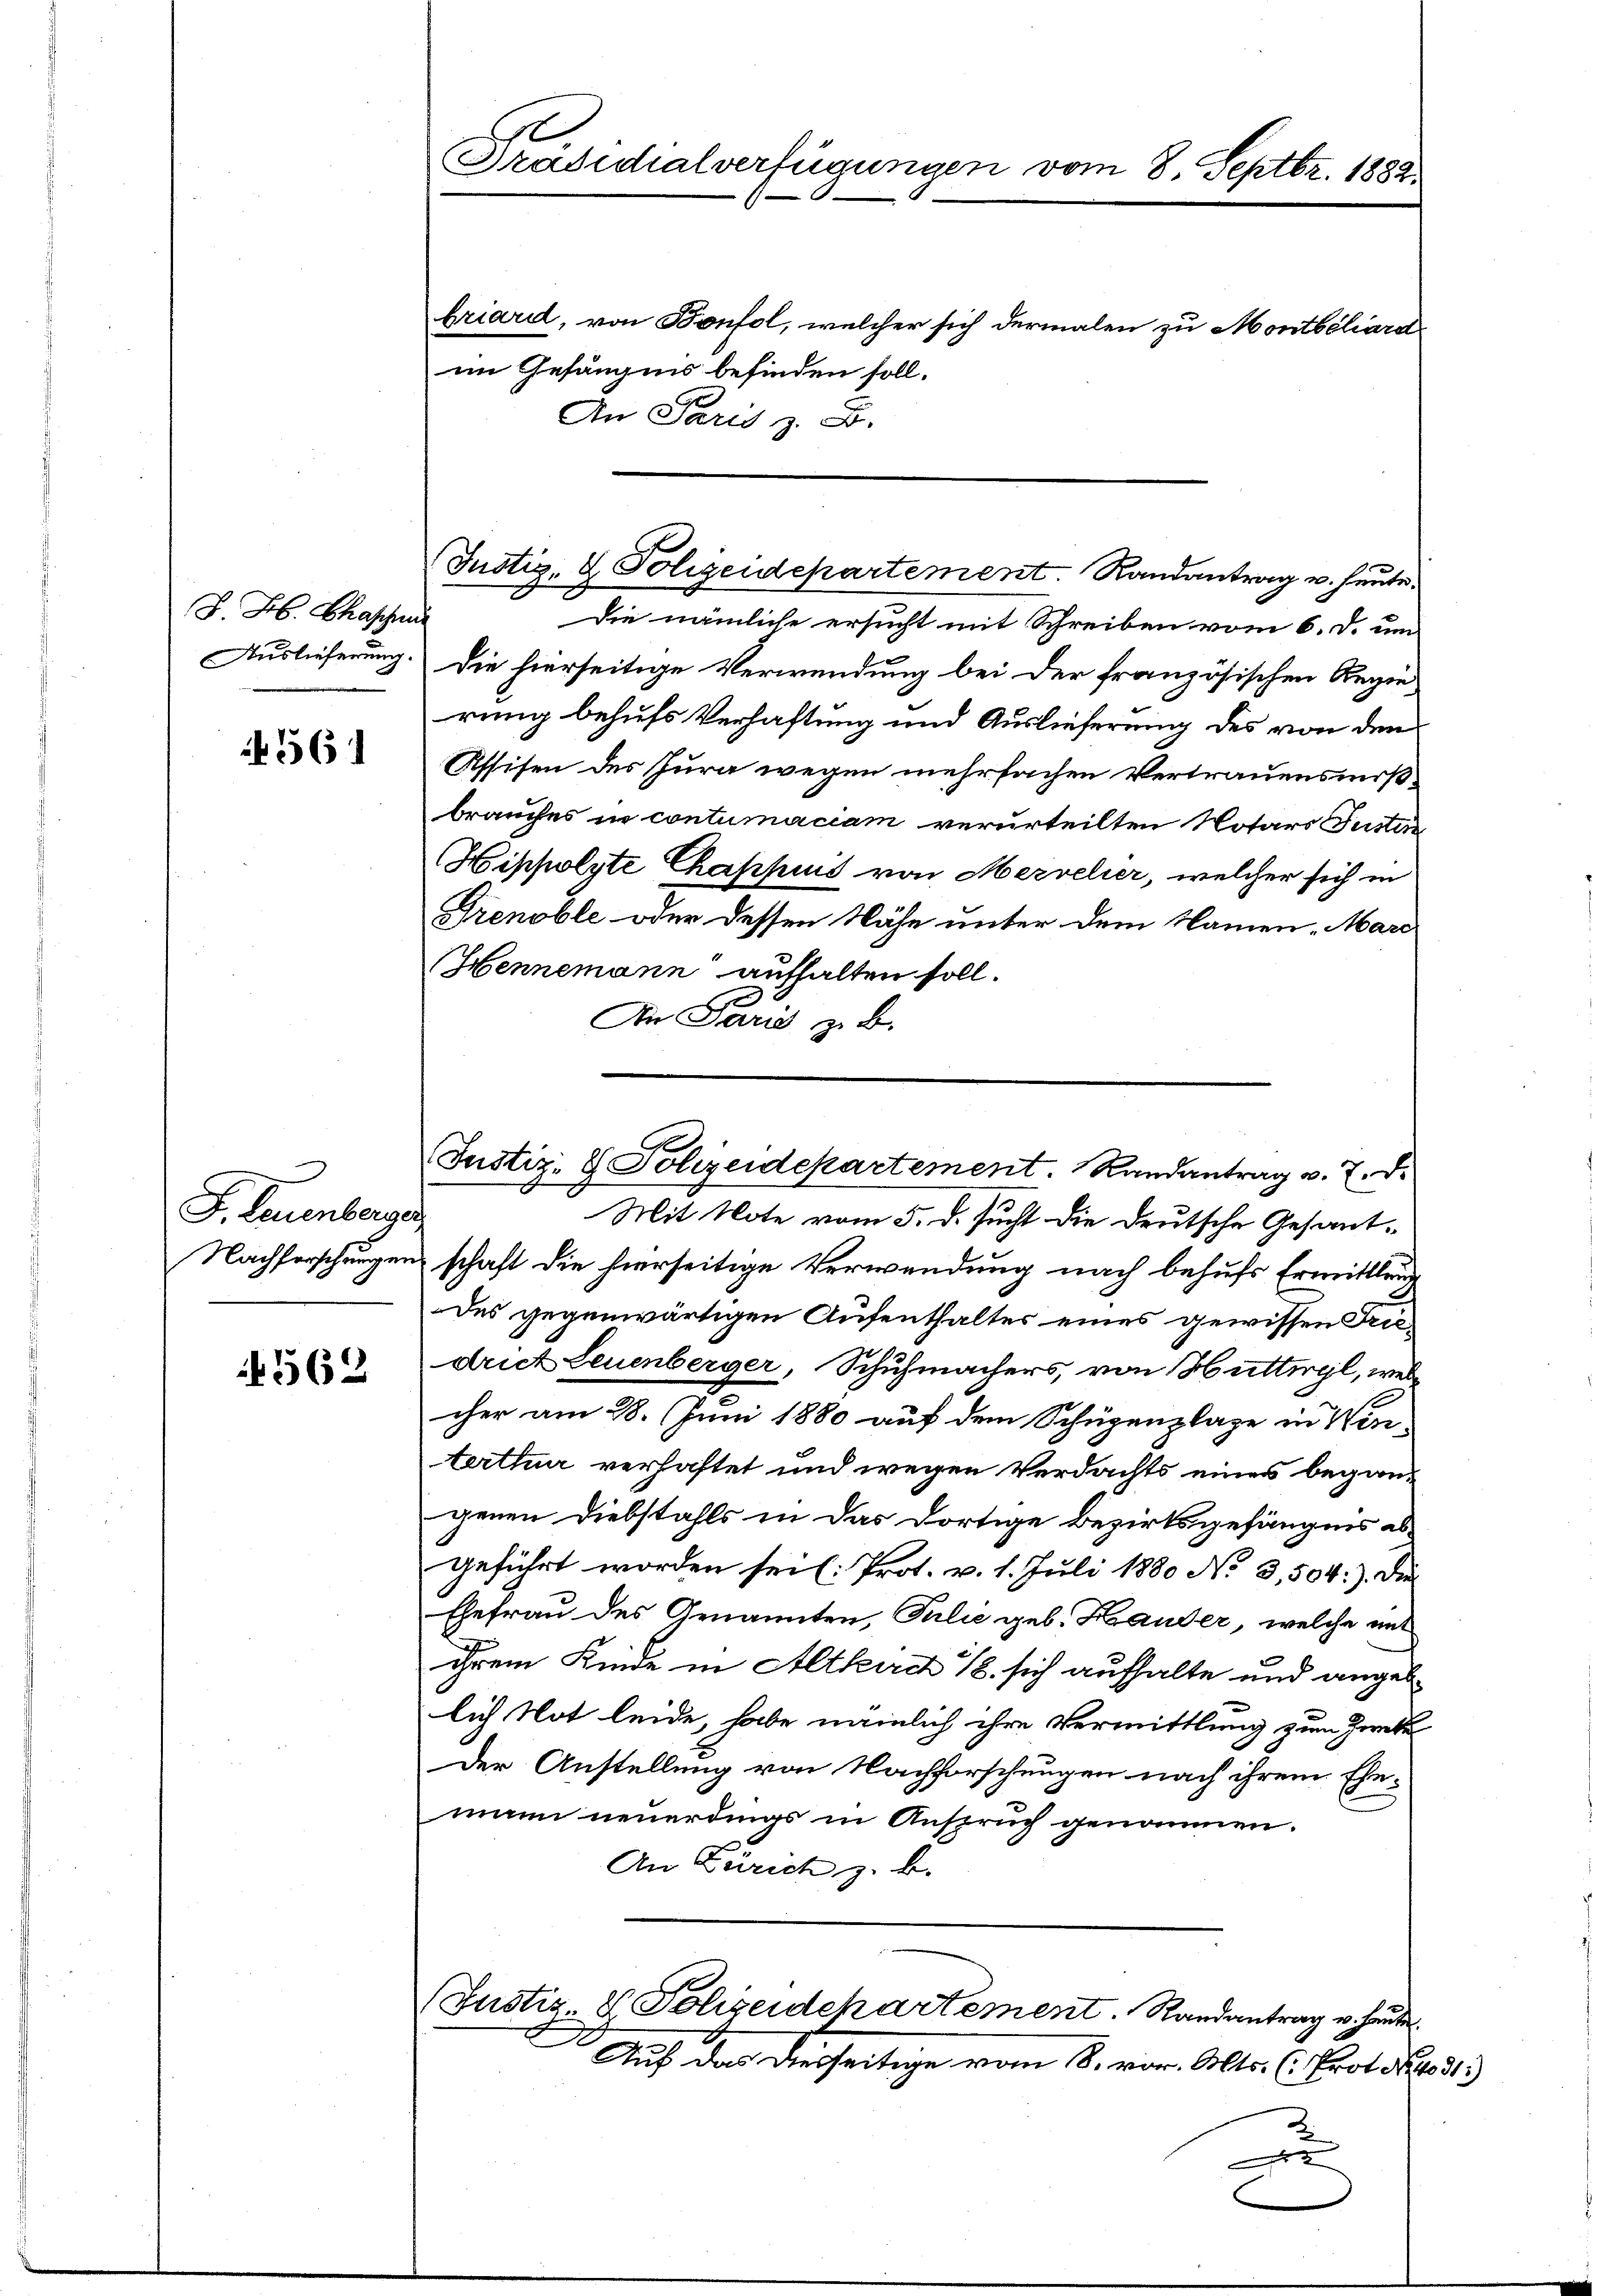
J. J. Chaschen

561

F. Leuenberge

1562

Präsidialverfügungen vom 8. Septbr. 1882.

im Gefängnis befinden soll.
An Paris z. B.

Die nämliche ersucht mit Schreiben vom 6. d. um
Auslieferung. Die hierseitige Verwendung bei der französischen Regie
rung behufs Verhaftung und Auslieferung des von den
Assisen des Jura wegen mehrfachen Vertrauensmißbrauches in contumaciam verurteilten Notars Justin
Hippolste Chappuis von Mervelier, welcher sich in
Prenoble oder dessen Nähe unter dem Namen Marc
Hennemann aufhalten soll.
An Paris zu b

Justiz- & Polizeidepartement. Randantrag u. heute.

Mit Note vom 5. d. sucht die deutsche Gesant¬
Nachforschungen schaft die hierseitige Verwendung nach behufs Ermittlang
des gegenwärtigen Aufenthaltes eines gewissen Friedrict Leuenberger, Schuhmachers, von Huttwyl, welcher am 28. Juni 1880 auf dem Schüzenzlage in Winterthur verhaftet und wegen Verdachts eines begangenen Diebstahls in das dortige Bezirksgefängnis ab-
geführt worden sei (: Prot. v. 1. Juli 1880 No 3,504: Die
Ehefrau des Genannten, Julie geb. Hander, welche mit
ihrem Kinde in Altburch 18. sich aufhalte und angeb
lich Not leide, habe nämlich ihre Vermittlung zum Zweke
Der Anstellung von Nachforschungen nach ihrem Ehemann neuerdings in Anspruch genommen.
An Zürich z. B.
(Justiz & Polizeidepartement. Randantrag u. heute
Auf der diesseitige vom 8. vor. Alts. E. Prot. No. 313
u

briard, von Bonfol, welcher sich dermalen zu Montbéliard

s
Justiz- & Polizeidepartement. Randantrag u. 7. d.